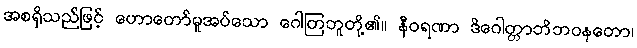
အစရှိသည်ဖြင့် ဟောတော်မူအပ်သော ဂေါတြဘူတို့၏။ နီဝရဏာ ဒိဂေါတ္တာဘိဘဝနတော၊